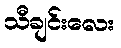
သီချင်းလေး